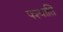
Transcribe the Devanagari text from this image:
पश्याति